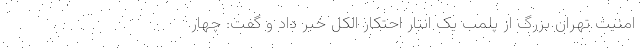
امنیت تهران بزرگ از پلمب یک انبار احتکار الکل خبر داد و گفت: چهار